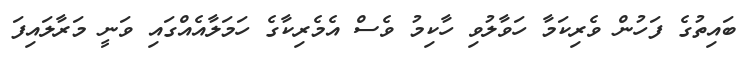
ބައިތުގެ ފަހުން ވެރިކަމާ ހަވާލުވި ހާކިމު ވެސް އެމެރިކާގެ ހަމަލާއެއްގައި ވަނީ މަރާލައިފަ